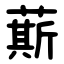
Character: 䔮